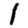
Digit: 1